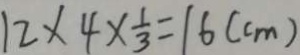
1 2 \times 4 \times \frac { 1 } { 3 } = 1 6 ( c m )